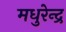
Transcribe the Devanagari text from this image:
मधुरेन्द्र